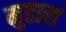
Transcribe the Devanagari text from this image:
मुहारा